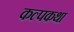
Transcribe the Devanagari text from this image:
कल्पकथा